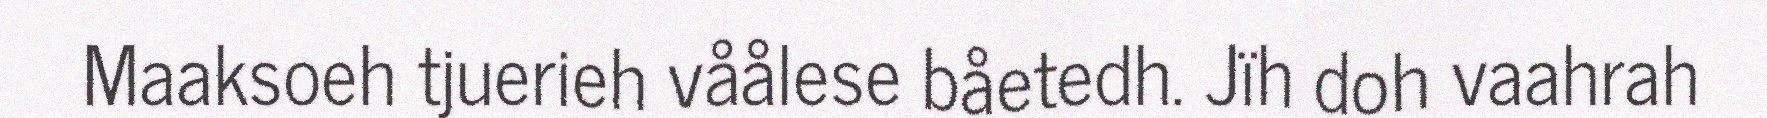
Maaksoeh tjuerieh våålese båetedh. Jïh doh vaahrah